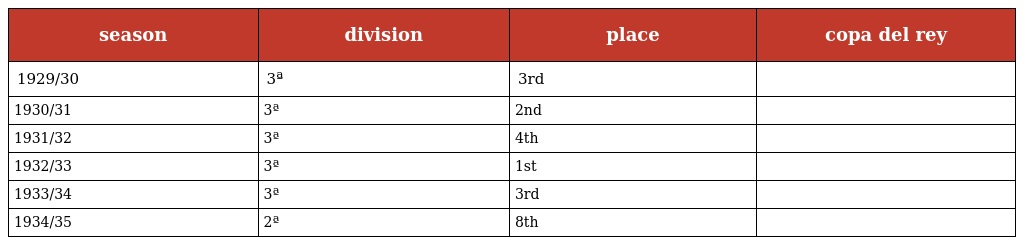
| season | division | place | copa del rey |
 | --- | --- | --- | --- |
 | 1929/30 | 3ª | 3rd |  |
 | 1930/31 | 3ª | 2nd |  |
 | 1931/32 | 3ª | 4th |  |
 | 1932/33 | 3ª | 1st |  |
 | 1933/34 | 3ª | 3rd |  |
 | 1934/35 | 2ª | 8th |  |